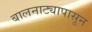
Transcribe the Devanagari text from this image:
बालनाट्यापासून